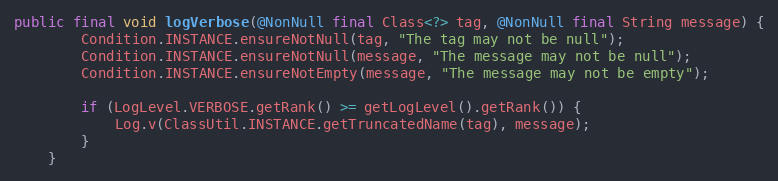
Language: Java
public final void logVerbose(@NonNull final Class<?> tag, @NonNull final String message) {
        Condition.INSTANCE.ensureNotNull(tag, "The tag may not be null");
        Condition.INSTANCE.ensureNotNull(message, "The message may not be null");
        Condition.INSTANCE.ensureNotEmpty(message, "The message may not be empty");

        if (LogLevel.VERBOSE.getRank() >= getLogLevel().getRank()) {
            Log.v(ClassUtil.INSTANCE.getTruncatedName(tag), message);
        }
    }